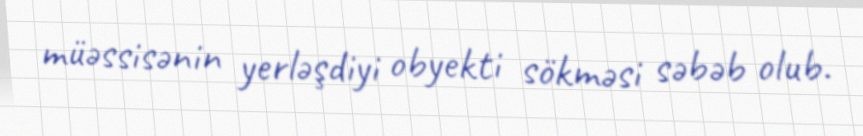
müəssisənin yerləşdiyi obyekti sökməsi səbəb olub.